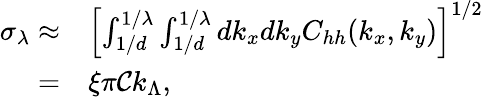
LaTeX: \begin{array}{rl}{\sigma_{\lambda}\approx}&{{}\left[\int_{1/d}^{1/\lambda}\int_{1/d}^{1/\lambda}dk_{x}dk_{y}C_{hh}(k_{x},k_{y})\right]^{1/2}}\\ {=}&{{}\xi\pi\mathcal{C}k_{\Lambda},}\end{array}